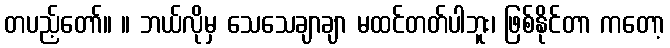
တပည့်တော်။ ။ ဘယ်လိုမှ သေသေချာချာ မထင်တတ်ပါဘူး၊ ဖြစ်နိုင်တာ ကတော့